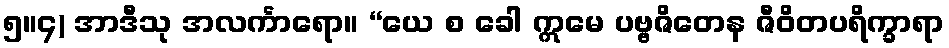
၅။၄) အာဒီသု အလင်္ကာရော။ “ယေ စ ခေါ ဣမေ ပဗ္ဗဇိတေန ဇီဝိတပရိက္ခာရာ